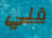
قلي